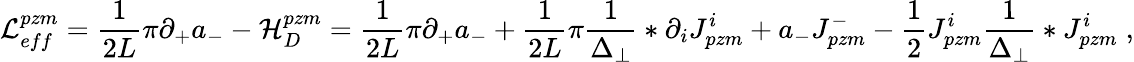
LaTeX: {\cal L}_{eff}^{pzm}=\frac{1}{2L}\pi\partial_{+}a_{-}-{\cal H}_{D}^{pzm}=\frac{1}{2L}\pi\partial_{+}a_{-}+\frac{1}{2L}\pi\frac{1}{\Delta_{\perp}}\ast\partial_{i}J_{pzm}^{i}+a_{-}J_{pzm}^{-}-\frac 12J_{pzm}^{i}\frac{1}{\Delta_{\perp}}\ast J_{pzm}^{i}\; ,